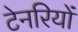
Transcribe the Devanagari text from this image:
टेनरियों